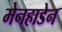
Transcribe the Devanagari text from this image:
मेनहाडेन